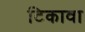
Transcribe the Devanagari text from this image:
टिकावा